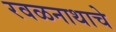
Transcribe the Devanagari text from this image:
रवळनाथाचे